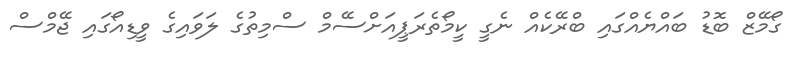
ގޯމޭޒް ބޮޑު ބައްޔެއްގައި ބްރޭކެއް ނެގީ ކީމޯތެރަޕީއަށްސޭމް ސްމިތުގެ ލަވައިގެ ވީޑިއޯގައި ޖޭމްސް